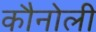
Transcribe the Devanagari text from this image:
कौनोली